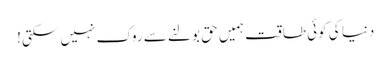
دنیا کی کوئی طاقت ہمیں حق بولنے سے روک نہیں سکتی!